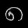
Digit: ၈